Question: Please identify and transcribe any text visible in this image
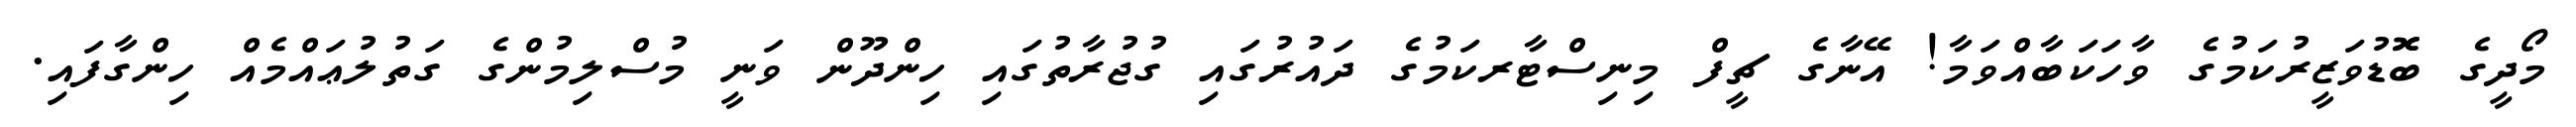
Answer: މޯދީގެ ބޮޮޑުވަޒީރުކަމުގެ ވާހަކަބާއްވަމާ! އޭނާގެ ޗީފް މިނިސްޓާރކަމުގެ ދައުރުގައި ގުޖުރާތުގައި ހިންދޫން ވަނީ މުސްލިމުންގެ ގަތުލުޢައްމެއް ހިންގާފައި.